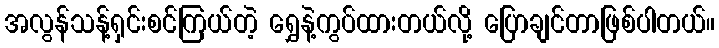
အလွန်သန့်ရှင်းစင်ကြယ်တဲ့ ရွှေနဲ့ကွပ်ထားတယ်လို့ ပြောချင်တာဖြစ်ပါတယ်။